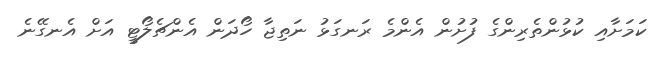
ކަމަށާއި ކުޅުންތެރިންގެ ފުށުން އެންމެ ރަނގަޅު ނަތިޖާ ހޯދަން އެންޗެލޯޓީ އަށް އެނގޭނެ